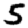
Digit: 5